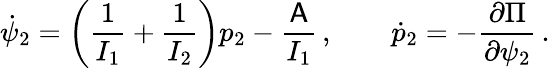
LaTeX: \dot{\psi}_{2}=\left(\frac{1}{I_{1}}+\frac{1}{I_{2}}\right)p_{2}-\frac{\mathsf{A}}{I_{1}}\, ,\qquad\dot{p}_{2}=-\frac{\partial\Pi}{\partial\psi_{2}}\, .